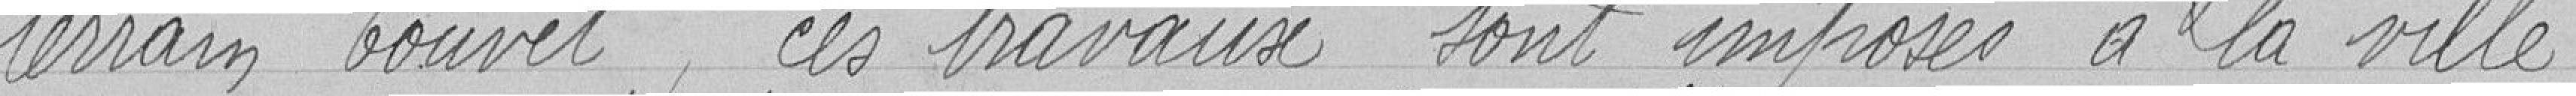
terrain Touvet, ces travaux sont imposés à la ville.